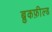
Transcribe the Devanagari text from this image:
ब्रुकफ़ील्ड